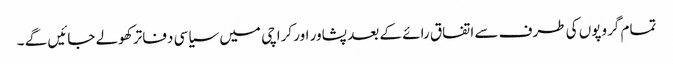
تمام گروپوں کی طرف سے اتفاق رائے کے بعد پشاور اور کراچی میں سیاسی دفاتر کھولے جائیں گے ۔